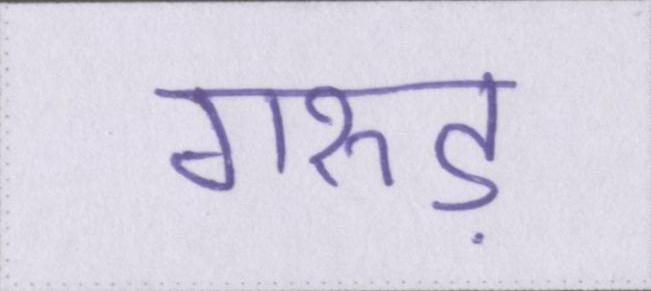
गरुड़